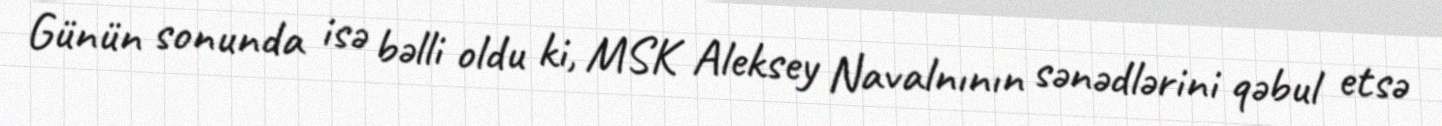
Günün sonunda isə bəlli oldu ki, MSK Aleksey Navalnının sənədlərini qəbul etsə